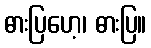
ဓားပြဟေ့၊ ဓားပြ။